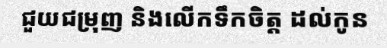
ជួយជម្រុញ និងលើកទឹកចិត្ត ដល់កូន